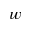
w